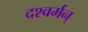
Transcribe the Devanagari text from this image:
दश्वर्मन्‌